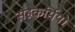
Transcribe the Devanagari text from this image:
सहकर्मियो